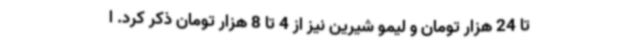
تا 24 هزار تومان و لیمو شیرین نیز از 4 تا 8 هزار تومان ذکر کرد. ا